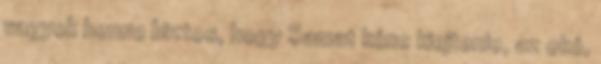
vagyok benne biztos, hogy Samat kéne kiejtenie, az oké,